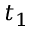
t _ { 1 }